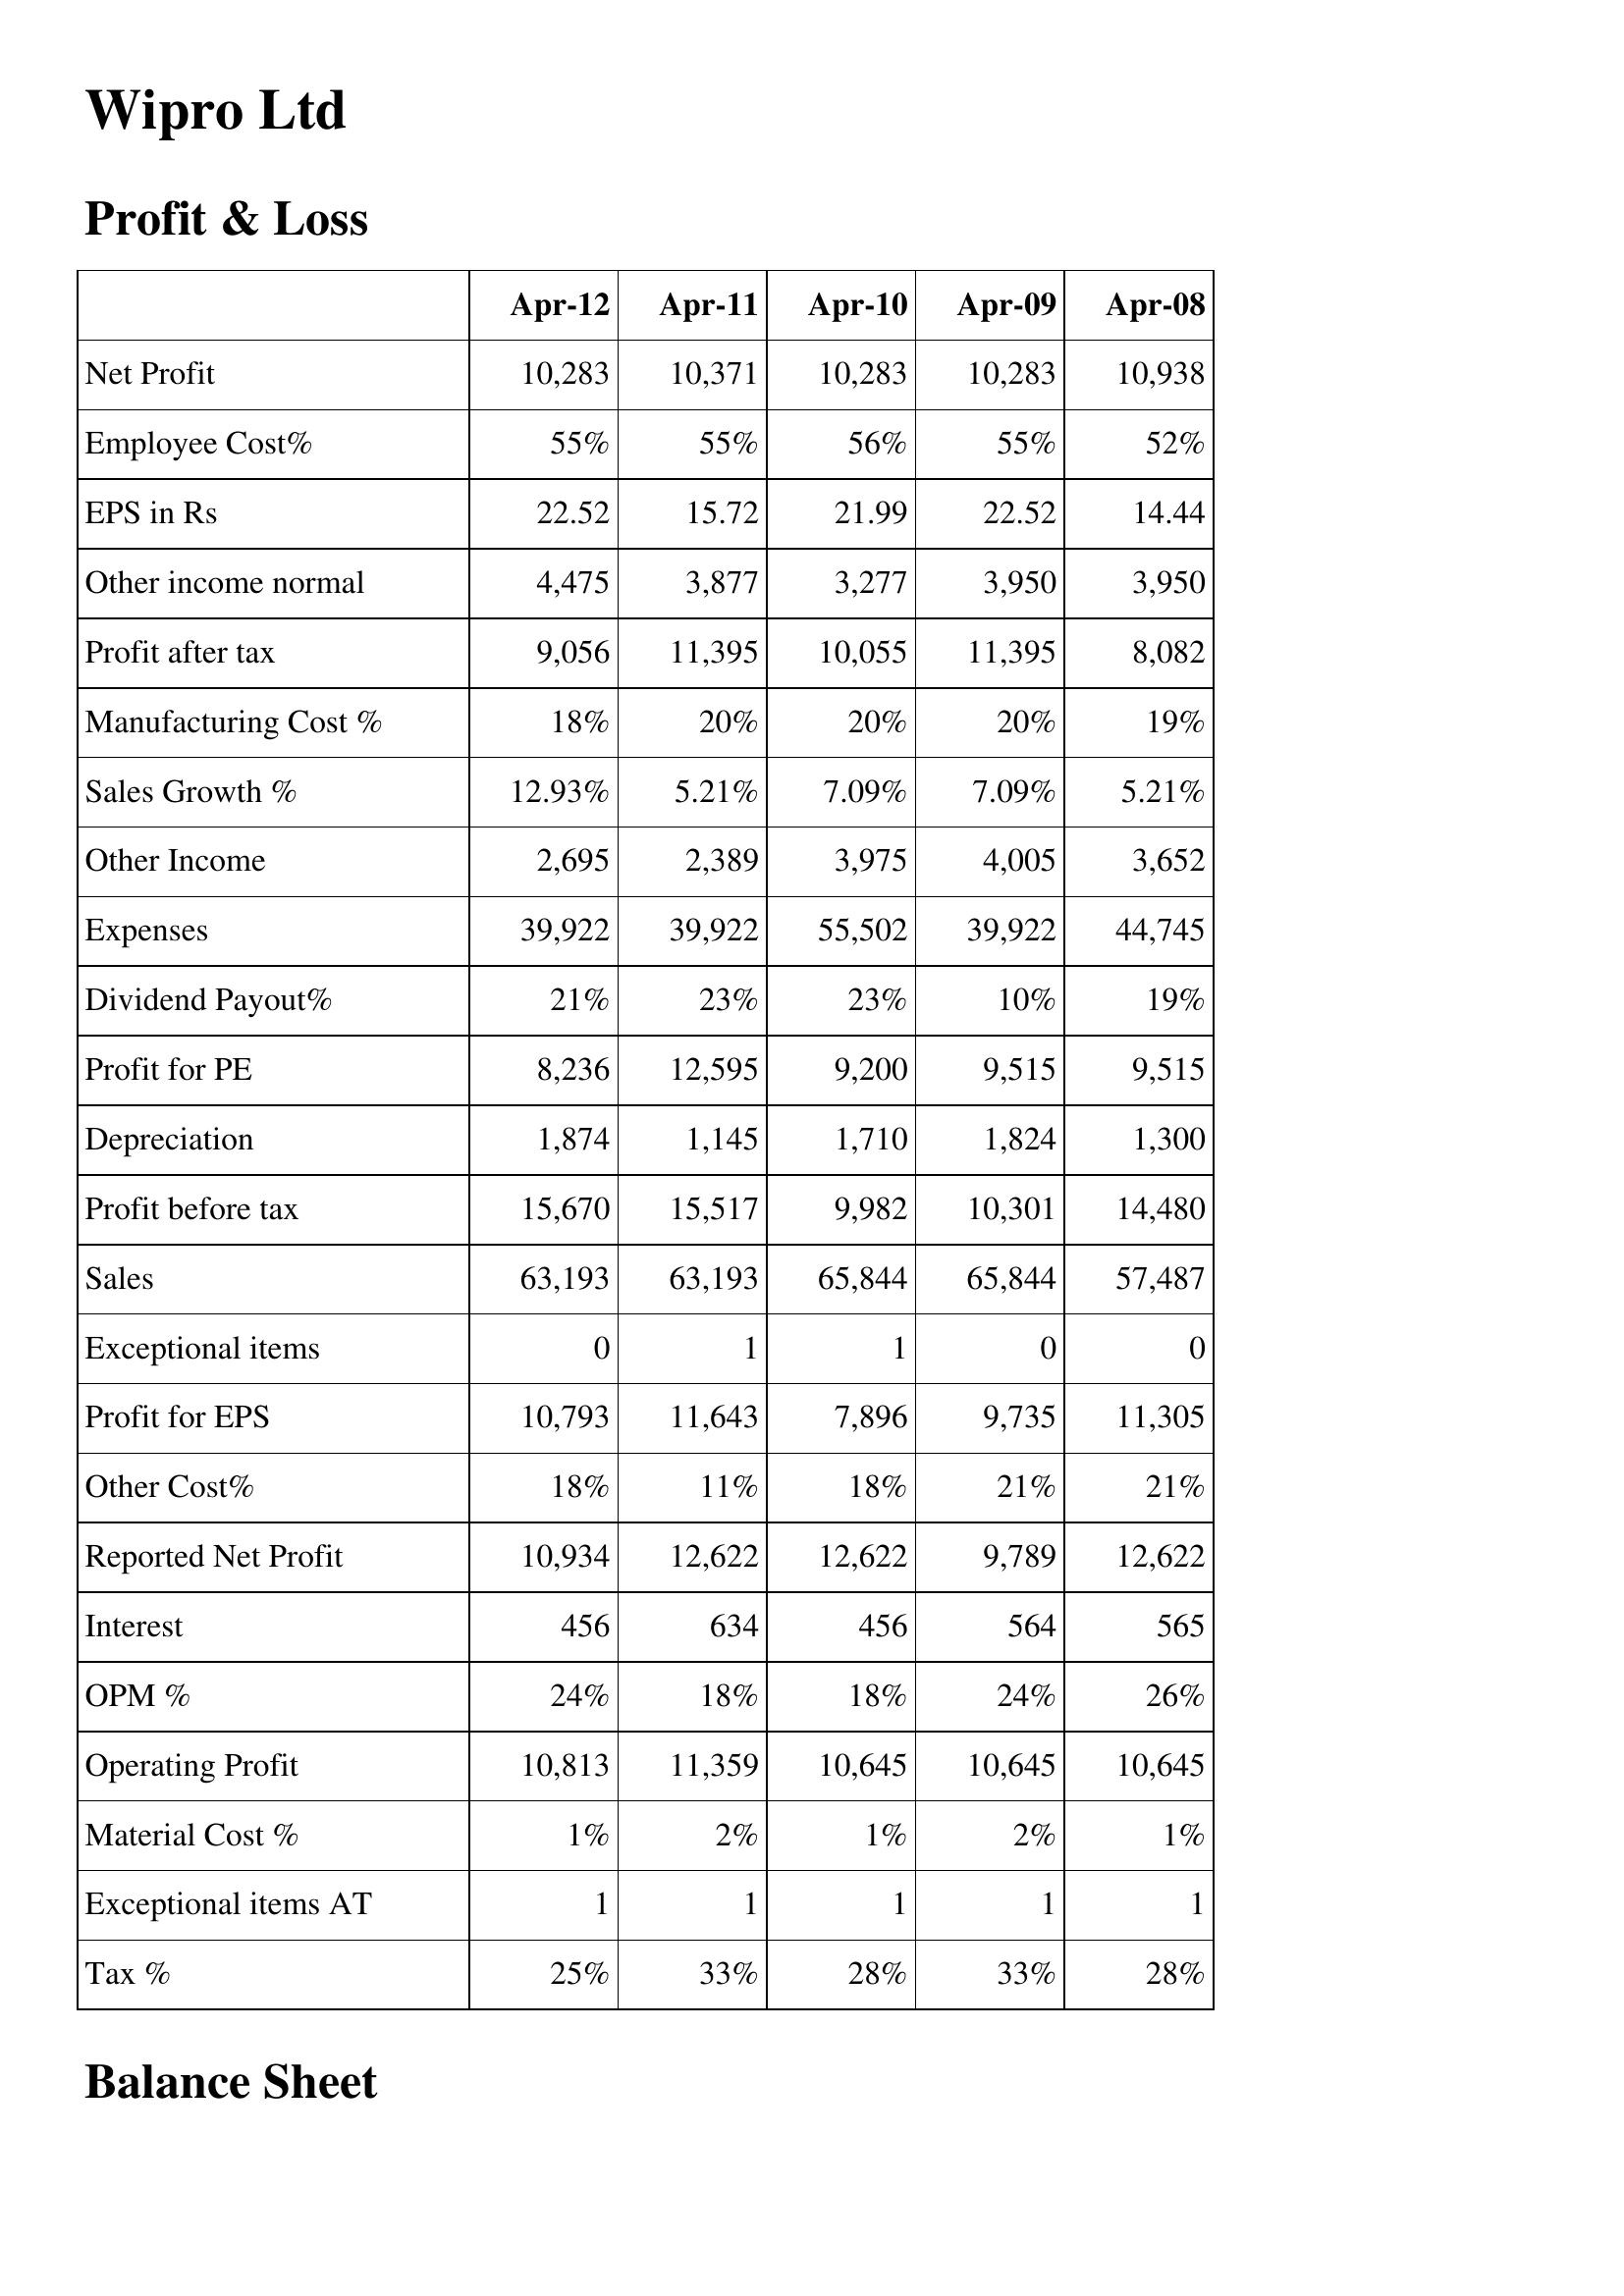
Apr-12: Profit & Loss: Net Profit: 10,283
Employee Cost%: 55%
EPS in Rs: 22.52
Other income normal: 4,475
Profit after tax: 9,056
Manufacturing Cost %: 18%
Sales Growth %: 12.93%
Other Income: 2,695
Expenses: 39,922
Dividend Payout%: 21%
Profit for PE: 8,236
Depreciation: 1,874
Profit before tax: 15,670
Sales: 63,193
Exceptional items: 0
Profit for EPS: 10,793
Other Cost%: 18%
Reported Net Profit: 10,934
Interest: 456
OPM %: 24%
Operating Profit: 10,813
Material Cost %: 1%
Exceptional items AT: 1
Tax %: 25%
Apr-11: Profit & Loss: Net Profit: 10,371
Employee Cost%: 55%
EPS in Rs: 15.72
Other income normal: 3,877
Profit after tax: 11,395
Manufacturing Cost %: 20%
Sales Growth %: 5.21%
Other Income: 2,389
Expenses: 39,922
Dividend Payout%: 23%
Profit for PE: 12,595
Depreciation: 1,145
Profit before tax: 15,517
Sales: 63,193
Exceptional items: 1
Profit for EPS: 11,643
Other Cost%: 11%
Reported Net Profit: 12,622
Interest: 634
OPM %: 18%
Operating Profit: 11,359
Material Cost %: 2%
Exceptional items AT: 1
Tax %: 33%
Apr-10: Profit & Loss: Net Profit: 10,283
Employee Cost%: 56%
EPS in Rs: 21.99
Other income normal: 3,277
Profit after tax: 10,055
Manufacturing Cost %: 20%
Sales Growth %: 7.09%
Other Income: 3,975
Expenses: 55,502
Dividend Payout%: 23%
Profit for PE: 9,200
Depreciation: 1,710
Profit before tax: 9,982
Sales: 65,844
Exceptional items: 1
Profit for EPS: 7,896
Other Cost%: 18%
Reported Net Profit: 12,622
Interest: 456
OPM %: 18%
Operating Profit: 10,645
Material Cost %: 1%
Exceptional items AT: 1
Tax %: 28%
Apr-09: Profit & Loss: Net Profit: 10,283
Employee Cost%: 55%
EPS in Rs: 22.52
Other income normal: 3,950
Profit after tax: 11,395
Manufacturing Cost %: 20%
Sales Growth %: 7.09%
Other Income: 4,005
Expenses: 39,922
Dividend Payout%: 10%
Profit for PE: 9,515
Depreciation: 1,824
Profit before tax: 10,301
Sales: 65,844
Exceptional items: 0
Profit for EPS: 9,735
Other Cost%: 21%
Reported Net Profit: 9,789
Interest: 564
OPM %: 24%
Operating Profit: 10,645
Material Cost %: 2%
Exceptional items AT: 1
Tax %: 33%
Apr-08: Profit & Loss: Net Profit: 10,938
Employee Cost%: 52%
EPS in Rs: 14.44
Other income normal: 3,950
Profit after tax: 8,082
Manufacturing Cost %: 19%
Sales Growth %: 5.21%
Other Income: 3,652
Expenses: 44,745
Dividend Payout%: 19%
Profit for PE: 9,515
Depreciation: 1,300
Profit before tax: 14,480
Sales: 57,487
Exceptional items: 0
Profit for EPS: 11,305
Other Cost%: 21%
Reported Net Profit: 12,622
Interest: 565
OPM %: 26%
Operating Profit: 10,645
Material Cost %: 1%
Exceptional items AT: 1
Tax %: 28%